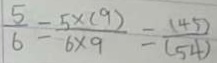
\frac { 5 } { 6 } = \frac { 5 \times ( 9 ) } { 6 \times 9 } = \frac { ( 4 5 ) } { ( 5 4 ) }